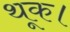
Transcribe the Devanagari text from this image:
थूक।